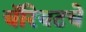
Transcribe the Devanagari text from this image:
चॅरियटचे